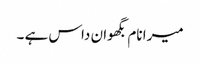
میرا نام بگھوان داس ہے ۔